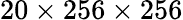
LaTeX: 20\times 256\times 256